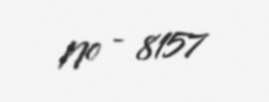
№ - 8157